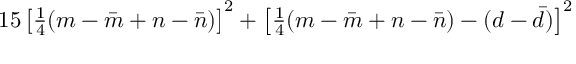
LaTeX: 1 5 \left[ { \textstyle { \frac { 1 } { 4 } } } ( m - \bar { m } + n - \bar { n } ) \right] ^ { 2 } + \left[ { \textstyle { \frac { 1 } { 4 } } } ( m - \bar { m } + n - \bar { n } ) - ( d - \bar { d } ) \right] ^ { 2 }